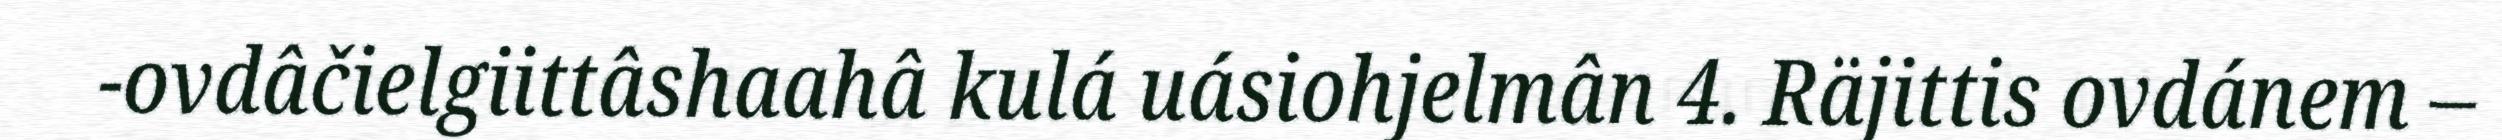
-ovdâčielgiittâshaahâ kulá uásiohjelmân 4. Räjittis ovdánem –